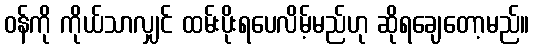
ဝန်ကို ကိုယ်သာလျှင် ထမ်းပိုးရပေလိမ့်မည်ဟု ဆိုရချေတော့မည်။